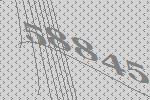
58845